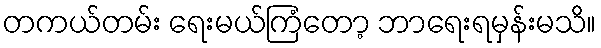
တကယ်တမ်း ရေးမယ်ကြံတော့ ဘာရေးရမှန်းမသိ။